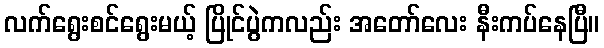
လက်ရွေးစင်ရွေးမယ့် ပြိုင်ပွဲကလည်း အတော်လေး နီးကပ်နေပြီ။